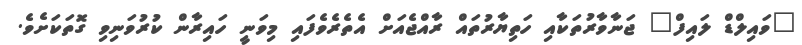
"ވައިލްޑް ލައިފް" ޖަނާވާރުތަކާއި ހަތިޔާރުތައް ރާއްޖެއަށް އެތެރެވެފައި މިވަނީ ހައިރާން ކުރުވަނިވި ގޮތަކަށެވެ.